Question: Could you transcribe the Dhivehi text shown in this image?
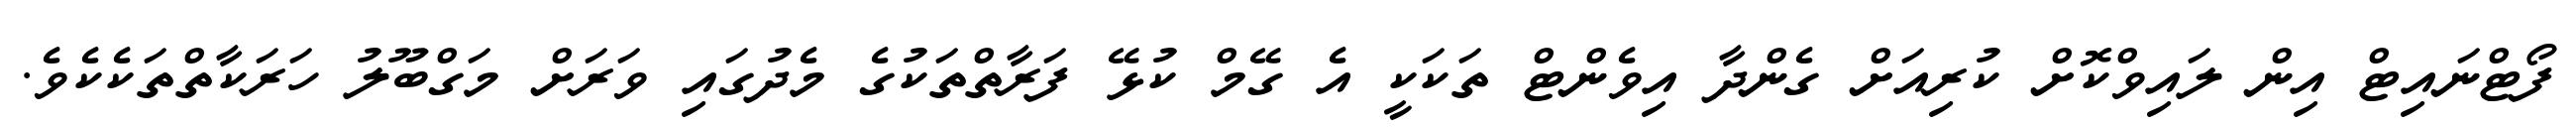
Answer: ފޯޓްނައިޓް އިން ލައިވްކޮށް ކުރިއަށް ގެންދާ އިވެންޓް ތަކަކީ އެ ގޭމް ކުޅޭ ފަރާތްތަކުގެ މެދުގައި ވަރަށް މަގްބޫލު ހަރަކާތްތަކެކެވެ.